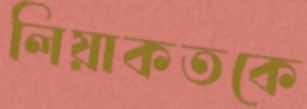
লিয়াকতকে